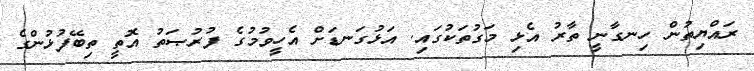
ރައްޔިތުން ހިނގާނީ ތާރު އެޅި މަގުތަކުގައި. އަޅުގަނޑަށް އެހީވުމުގެ ފުރުޞަތު އޮތީ ތިބޭފުޅުންގެ